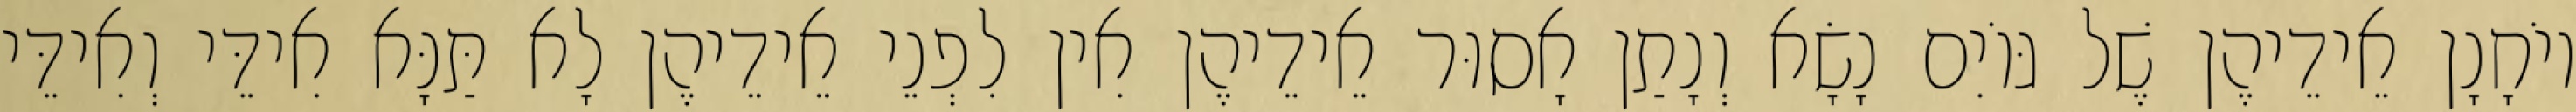
יוֹחָנָן אֵידֵיהֶן שֶׁל גּוֹיִם נָשָׂא וְנָתַן אָסוּר אֵידֵיהֶן אִין לִפְנֵי אֵידֵיהֶן לָא תַּנָּא אִידֵּי וְאִידֵּי